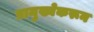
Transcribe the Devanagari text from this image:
प्रामुख्येकरून